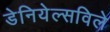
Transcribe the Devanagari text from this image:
डेनियेल्सविले